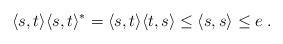
LaTeX: \begin{align*}\langle s,t\rangle\langle s,t\rangle^*=\langle s,t\rangle\langle t,s\rangle\le\langle s,s\rangle\le e\;.\end{align*}